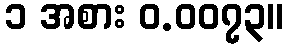
၁ အစား ဝ.၀၀၇၃။